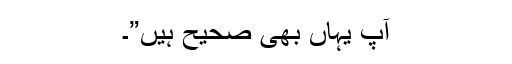
آپ یہاں بھی صحیح ہیں”۔